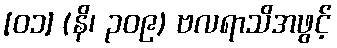
[၀၁] (နိ၊ ၃၀၉) ဗလရာသိအဖွင့်